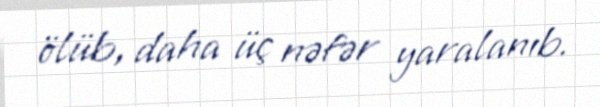
ölüb, daha üç nəfər yaralanıb.